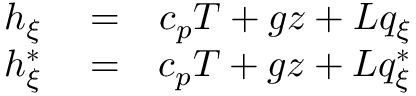
\begin{array} { r l r } { h _ { \xi } } & { { } = } & { c _ { p } T + g z + L q _ { \xi } } \\ { h _ { \xi } ^ { * } } & { { } = } & { c _ { p } T + g z + L q _ { \xi } ^ { * } } \end{array}